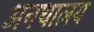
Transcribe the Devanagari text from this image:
अनथालय